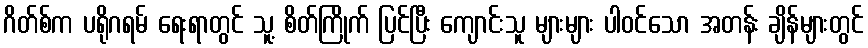
ဂိတ်စ်က ပရိုဂရမ် ရေးရာတွင် သူ့ စိတ်ကြိုက် ပြင်ပြီး ကျောင်းသူ များများ ပါဝင်သော အတန်း ချိန်များတွင်